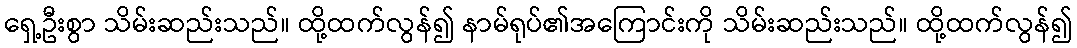
ရှေ့ဦးစွာ သိမ်းဆည်းသည်။ ထို့ထက်လွန်၍ နာမ်ရုပ်၏အကြောင်းကို သိမ်းဆည်းသည်။ ထို့ထက်လွန်၍